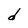
Character: d